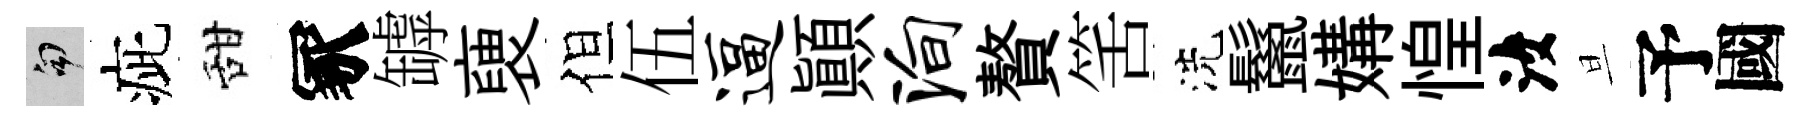
句疵甜冢罅褏但伍逼顚殉贅筈洗鬣媾惶汝旦予國